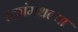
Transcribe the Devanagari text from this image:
रक्तांमधल्या